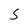
Character: S